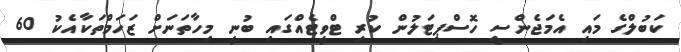
ކަބުލްގެ މައި އެމަޖެންސީ ހޮސްޕިޓަލުން ކުރި ޓްވީޓެއްގައި ބުނީ މިހާތަނަށް ޒަހަމްތަކާއެކު 60